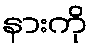
နားကို